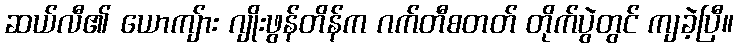
ဆယ်လီ၏ ယောကျ်ား ဂျိုးဖွန်တိန်က ဂက်တီစတတ် တိုက်ပွဲတွင် ကျခဲ့ပြီ။